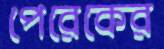
পেরেকের